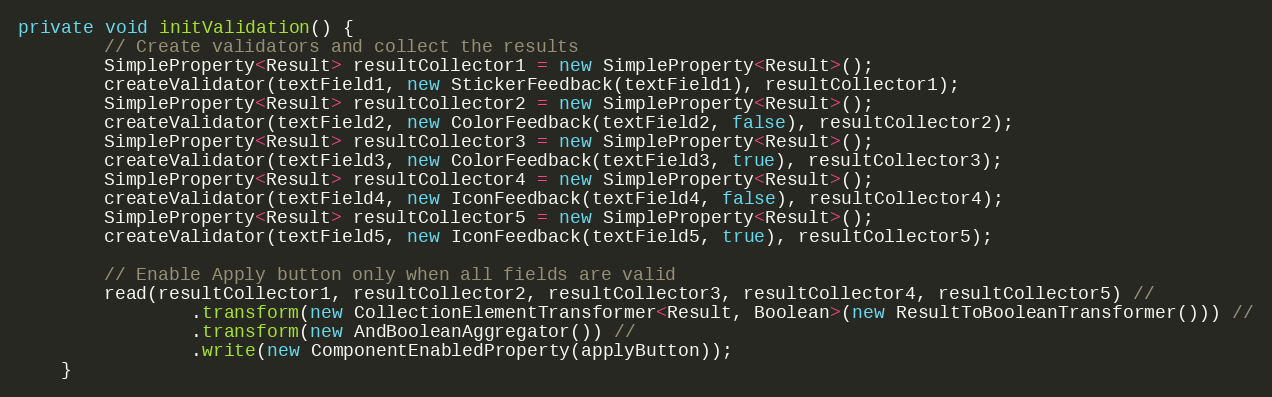
Language: Java
private void initValidation() {
        // Create validators and collect the results
        SimpleProperty<Result> resultCollector1 = new SimpleProperty<Result>();
        createValidator(textField1, new StickerFeedback(textField1), resultCollector1);
        SimpleProperty<Result> resultCollector2 = new SimpleProperty<Result>();
        createValidator(textField2, new ColorFeedback(textField2, false), resultCollector2);
        SimpleProperty<Result> resultCollector3 = new SimpleProperty<Result>();
        createValidator(textField3, new ColorFeedback(textField3, true), resultCollector3);
        SimpleProperty<Result> resultCollector4 = new SimpleProperty<Result>();
        createValidator(textField4, new IconFeedback(textField4, false), resultCollector4);
        SimpleProperty<Result> resultCollector5 = new SimpleProperty<Result>();
        createValidator(textField5, new IconFeedback(textField5, true), resultCollector5);

        // Enable Apply button only when all fields are valid
        read(resultCollector1, resultCollector2, resultCollector3, resultCollector4, resultCollector5) //
                .transform(new CollectionElementTransformer<Result, Boolean>(new ResultToBooleanTransformer())) //
                .transform(new AndBooleanAggregator()) //
                .write(new ComponentEnabledProperty(applyButton));
    }